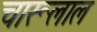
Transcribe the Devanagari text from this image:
चारूलाल